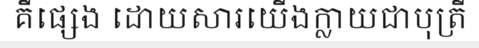
គឺផ្សេង ដោយសារយើងក្លាយជាបុត្រី